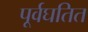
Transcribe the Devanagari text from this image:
पूर्वघतित